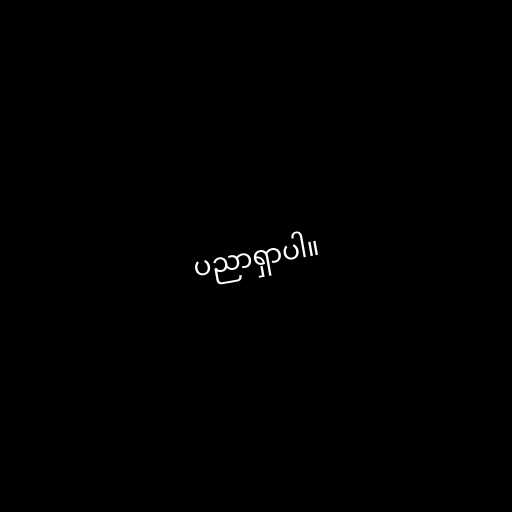
ပညာရှာပါ။